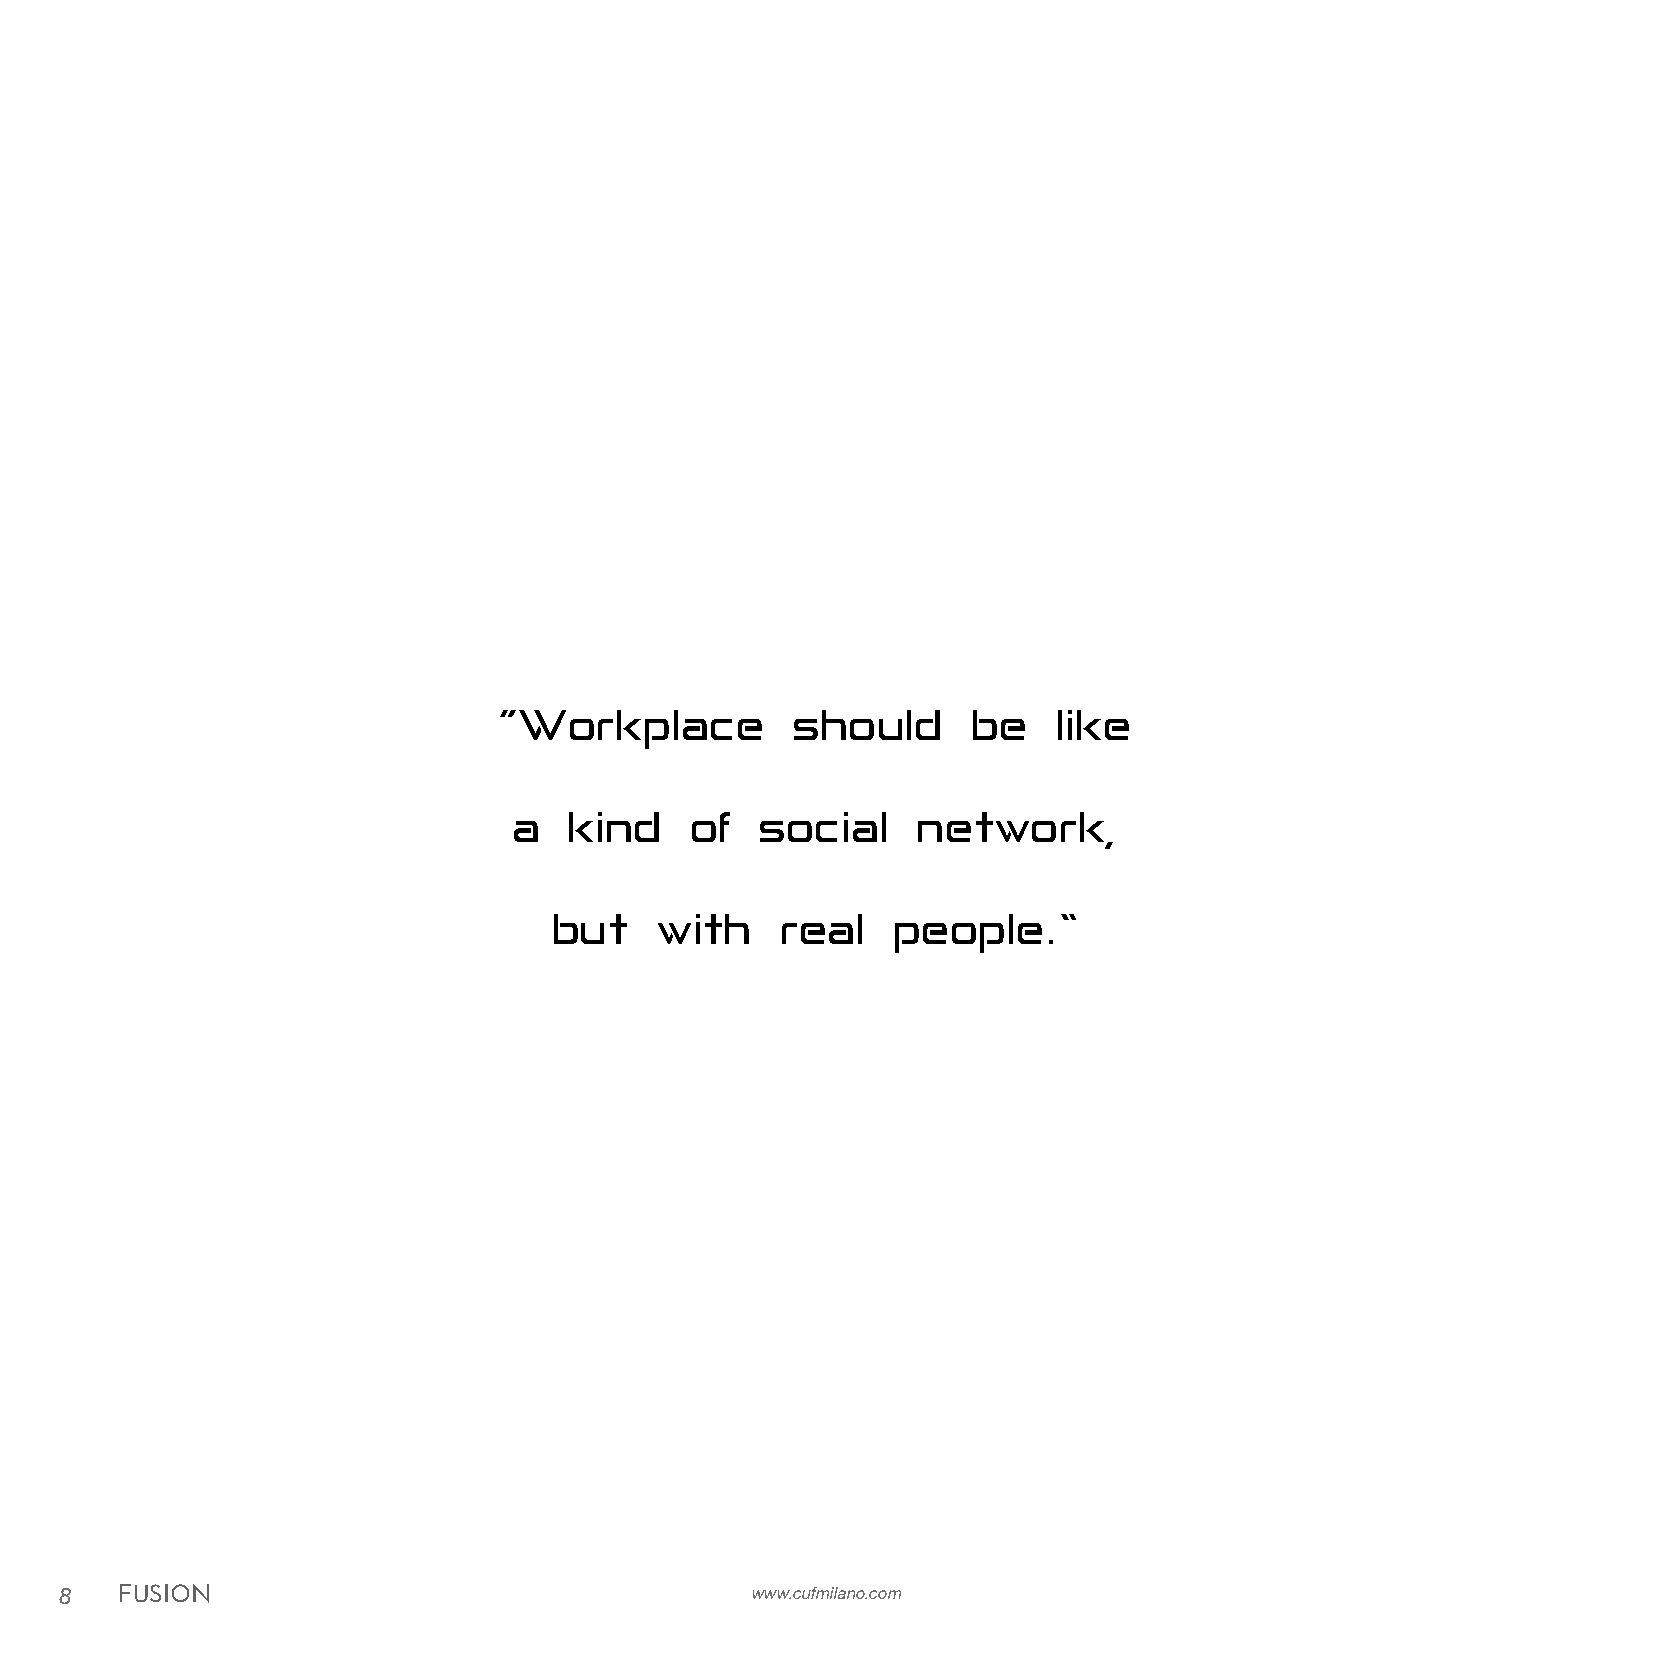
“Workplace          should     be    like
 a   kind    of  social     network,
 but    with    real   people.”
 8   FUSION                                    www.cufmilano.com                                                                                            www.cufmilano.com